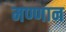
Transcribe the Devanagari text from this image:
मण्णान